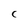
Character: C